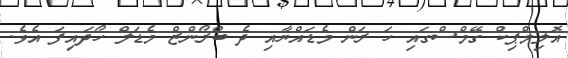
އޮލިމްޕިކް ގޭމްސްގައި ހަ ރަން މެޑައްޔާއި ދެ ބްރޯންޒް މެޑަލް ހޯދައިފަ އެވެ.